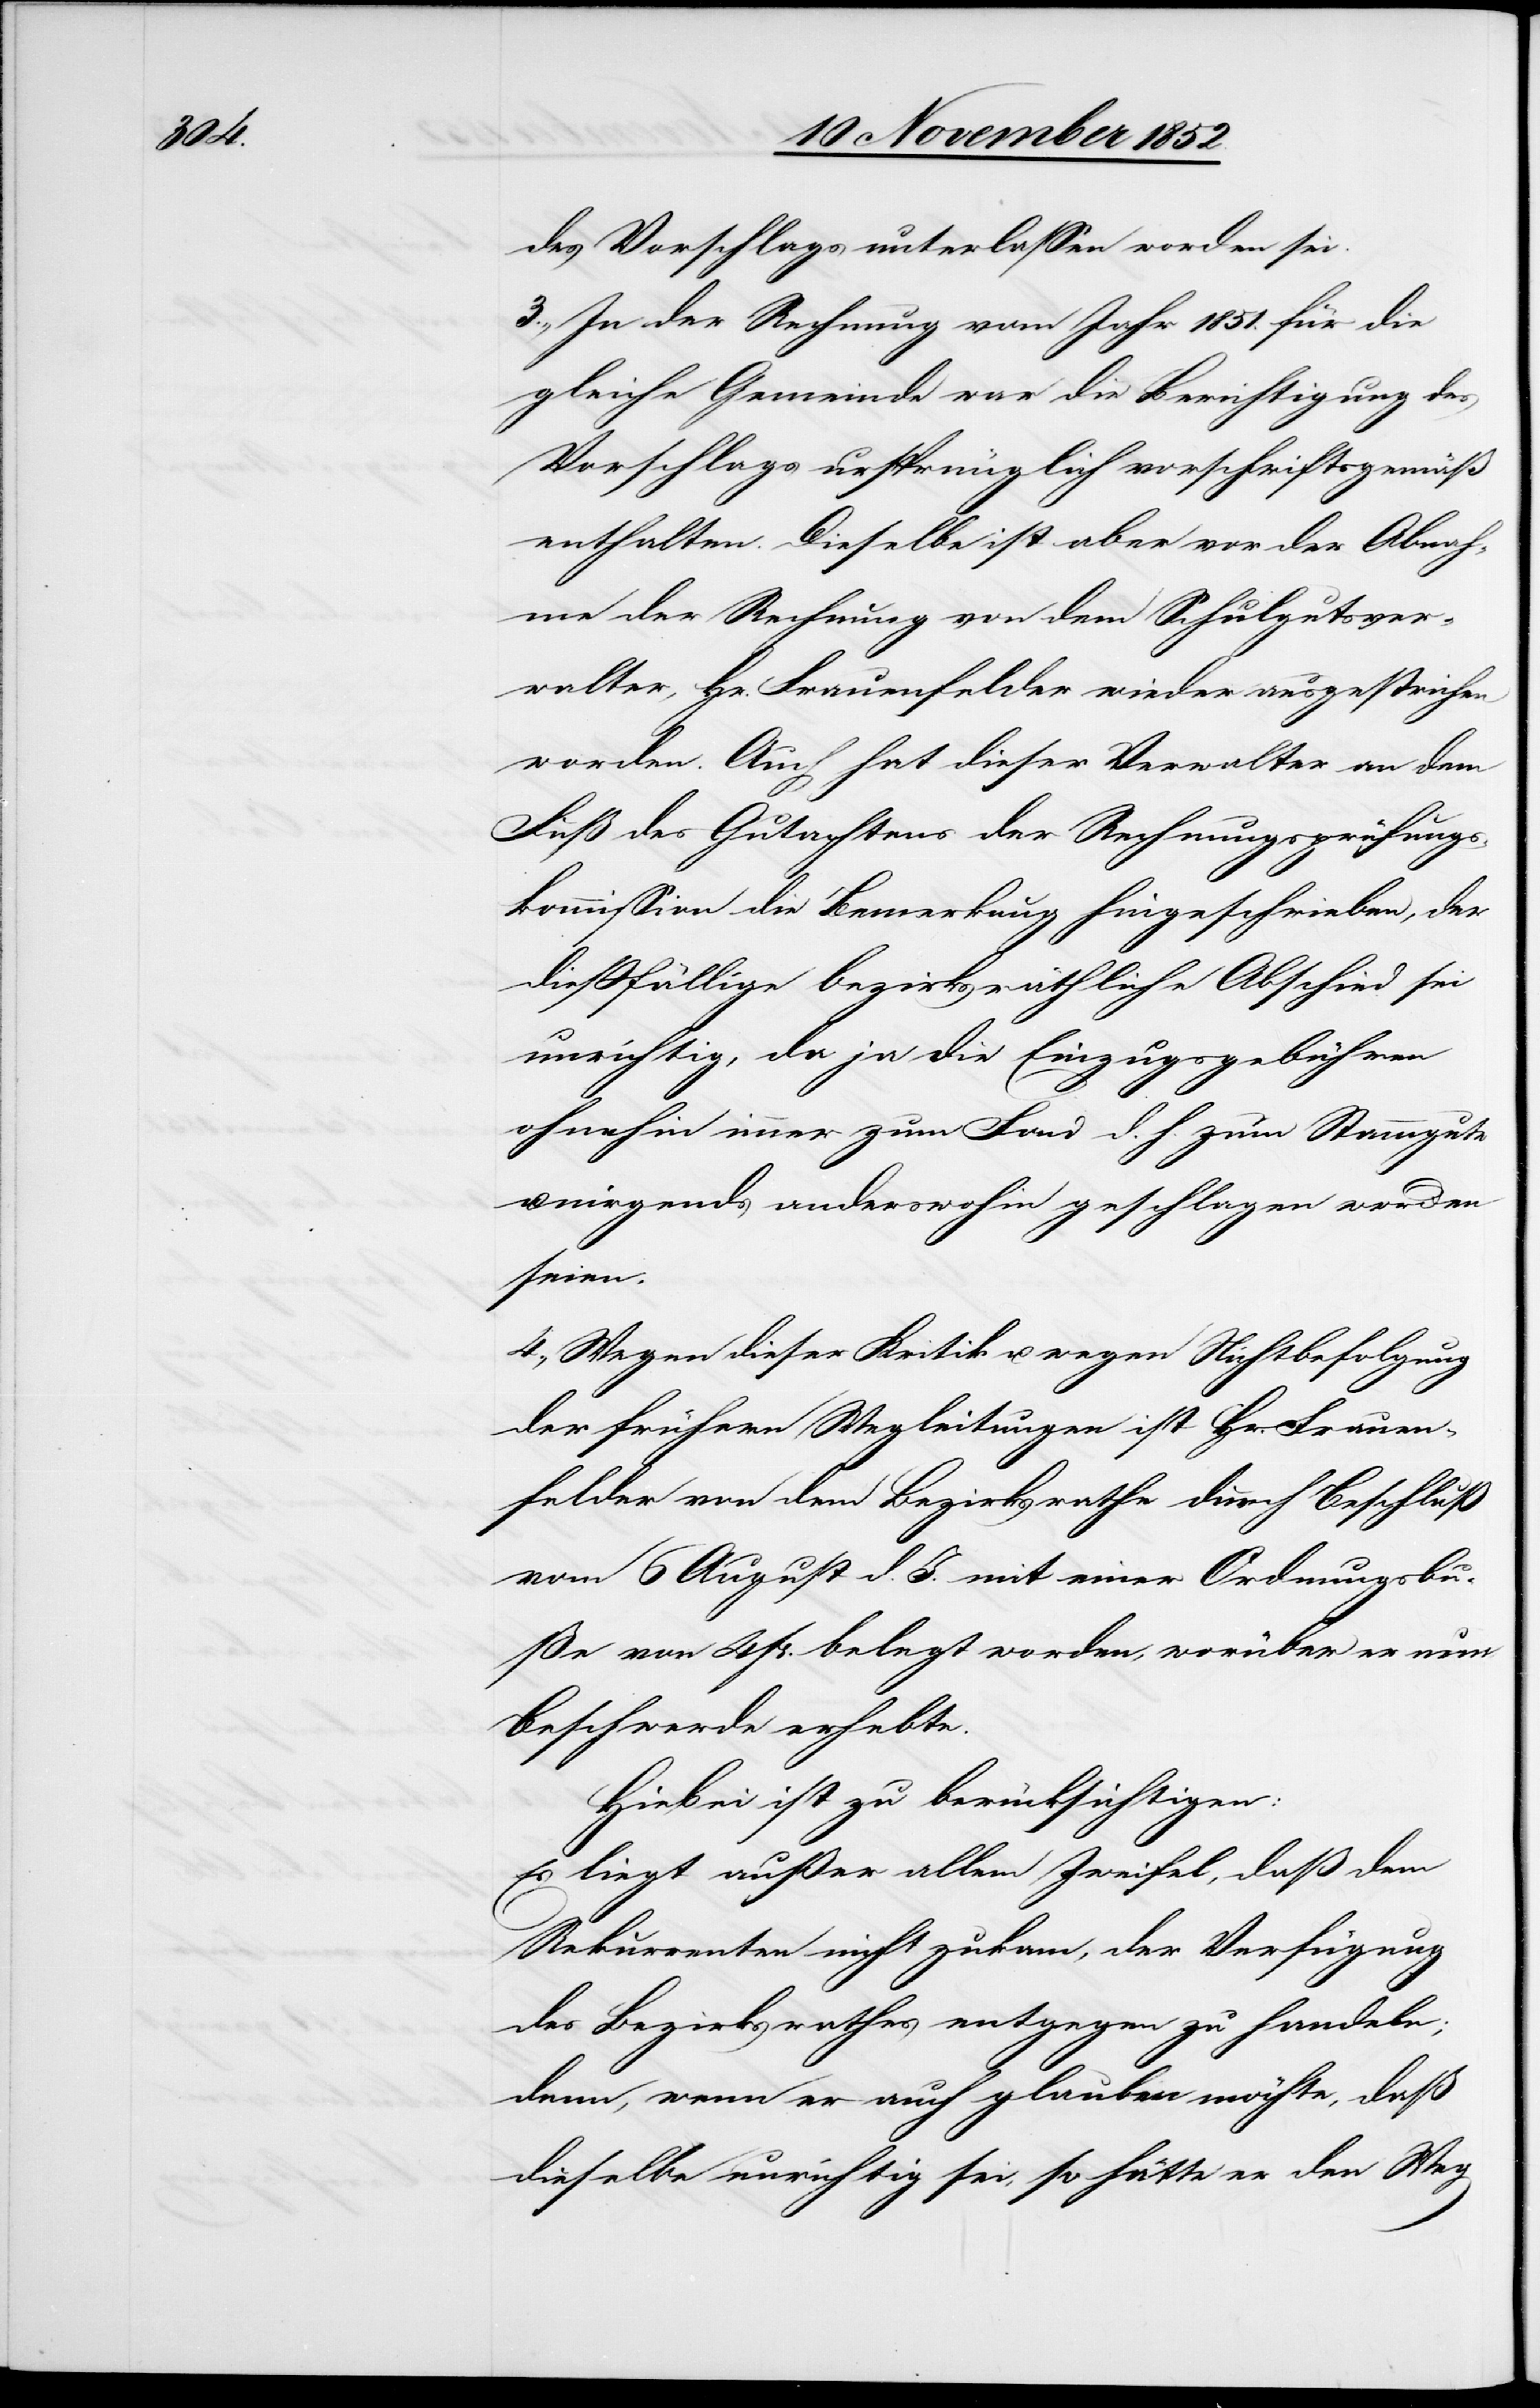
des Vorschlags unterlassen worden sei.
3., In der Rechnung vom Jahr 1851. für die
gleiche Gemeinde war die Berichtigung des
Vorschlags ursprünglich vorschriftsgemäß
enthalten. Dieselbe ist aber vor der Abnah¬
me der Rechnung von dem Schulgutsver¬
walter, Hr. Frauenfelder wieder ausgestrichen
worden. Auch hat dieser Verwalter an dem
Fuß des Gutachtens der Rechnungsprüfungs¬
kommission die Bemerkung hingeschrieben, der
dießfällige bezirksräthliche Abschied sei
unrichtig, da ja die Einzugsgebühren
ohnehin immer zum Fond d. h. zum Stammgute
nirgends anderswohin geschlagen worden
seien.
4., Wegen dieser Kritik u. wegen Nichtbefolgung
der frühern Wegleitungen ist Hr. Frauen¬
felder von dem Bezirksrathe durch Beschluß
vom 6 August d. J. mit einer Ordnungsbu¬
ße von 4 Fr. belegt worden, worüber er nun
Beschwerde erhebte.
Hiebei ist zu berücksichtigen:
Es liegt außer allem Zweifel, daß dem
Rekurrenten nicht zukam, der Verfügung
des Bezirksrathes entgegen zu handeln;
denn, wenn er auch glauben möchte, daß
dieselbe unrichtig sei, so hätte er den Weg